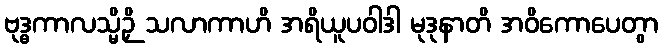
ဗုဒ္ဓကာလသ္မိဉှိ သလာကာဟိ အရိယူပဝါဒါ မုဒုနာတိ အဝိကောပေတွာ